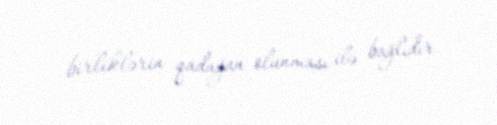
birliklərin qadağan olunması ilə bağlıdır.